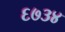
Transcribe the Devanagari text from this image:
६७३४